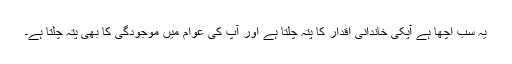
یہ سب اچھا ہے آپکی خاندانی اقدار کا پتہ چلتا ہے اور آپ کی عوام میں موجودگی کا بھی پتہ چلتا ہے۔